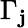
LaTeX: \Gamma_{\mathbf{j}}